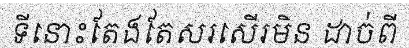
ទីនោះតែងតែសរសើរមិន ដាច់ពី